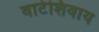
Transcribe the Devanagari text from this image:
वाटेशिवाय